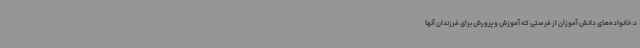
د:خانواده‌های دانش آموزان از فرصتی که آموزش و پرورش برای فرزندان آنها